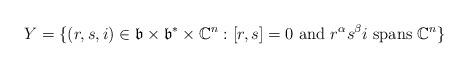
LaTeX: \begin{align*} Y = \{(r,s,i)\in \mathfrak{b}\times \mathfrak{b}^*\times \mathbb{C}^n: [r,s]=0 \mbox{ and } r^{\alpha}s^{\beta}i \mbox{ spans }\mathbb{C}^n \} \end{align*}